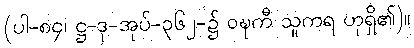
(ပါ-၈၄၊ ဋ္ဌ-ဒု-အုပ်-၃၆၂-၌ ဝဍ္ဎကီ သူကရ ဟုရှိ၏)။